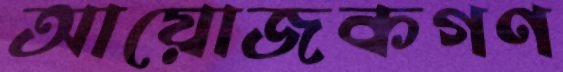
আয়োজকগণ